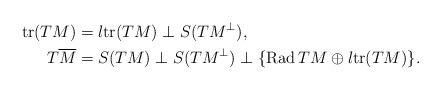
LaTeX: \begin{align*} \mathrm{tr}(TM)& =l\mathrm{tr}(TM)\perp S(TM^\perp),\\ T\overline{M} & = S(TM)\perp S(TM^\perp)\perp\{\mathrm{Rad}\, TM\oplus l\mathrm{tr}(TM)\} .\end{align*}